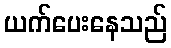
ယက်ပေးနေသည်